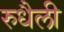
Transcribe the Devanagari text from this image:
रुधैली